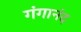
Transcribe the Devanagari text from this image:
गंगानंद